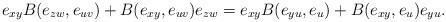
LaTeX: \begin{align*}e_{xy}B(e_{zw},e_{uv})+B(e_{xy},e_{uv})e_{zw}&=e_{xy}B(e_{yu},e_u)+B(e_{xy},e_u)e_{yu}.\end{align*}